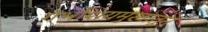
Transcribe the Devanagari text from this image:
गर्भाशयमुखातून